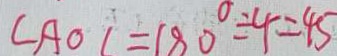
\angle A O C = 1 8 0 ^ { \circ } \div 4 = 4 5